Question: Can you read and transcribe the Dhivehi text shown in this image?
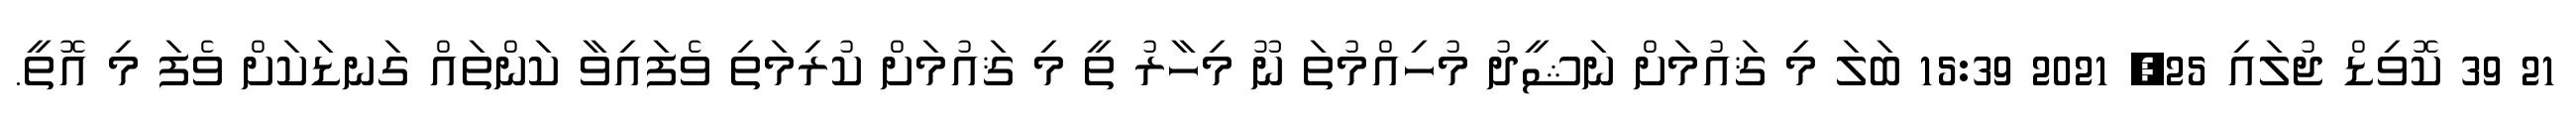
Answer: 21 39 ކޮވިޑް ޖުލައި 25, 2021 15:39 ބަލަ މި ޤައުމަށް ނަޝީދު މުހިއްމުތަ ނޫ މިހާރު ތީ މި ޤައުމަށް ކުރިމަތި ވެފައިވާ ކަންތައް ގަނޑަކަށް ވެފަ މި އޮތީ.